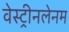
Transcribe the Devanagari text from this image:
वेस्ट्रीनलेनम